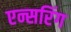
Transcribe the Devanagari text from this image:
एन्सरिंग